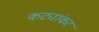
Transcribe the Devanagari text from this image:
कट्यांकर